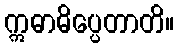
ဣဓာဓိပ္ပေတာတိ။